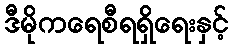
ဒီမိုကရေစီရရှိရေးနှင့်